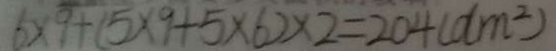
6 \times 9 + ( 5 \times 9 + 5 \times 6 ) \times 2 = 2 0 4 ( d m ^ { 2 } )